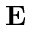
\mathbf { E }